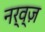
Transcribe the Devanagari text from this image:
नर्व्ज़